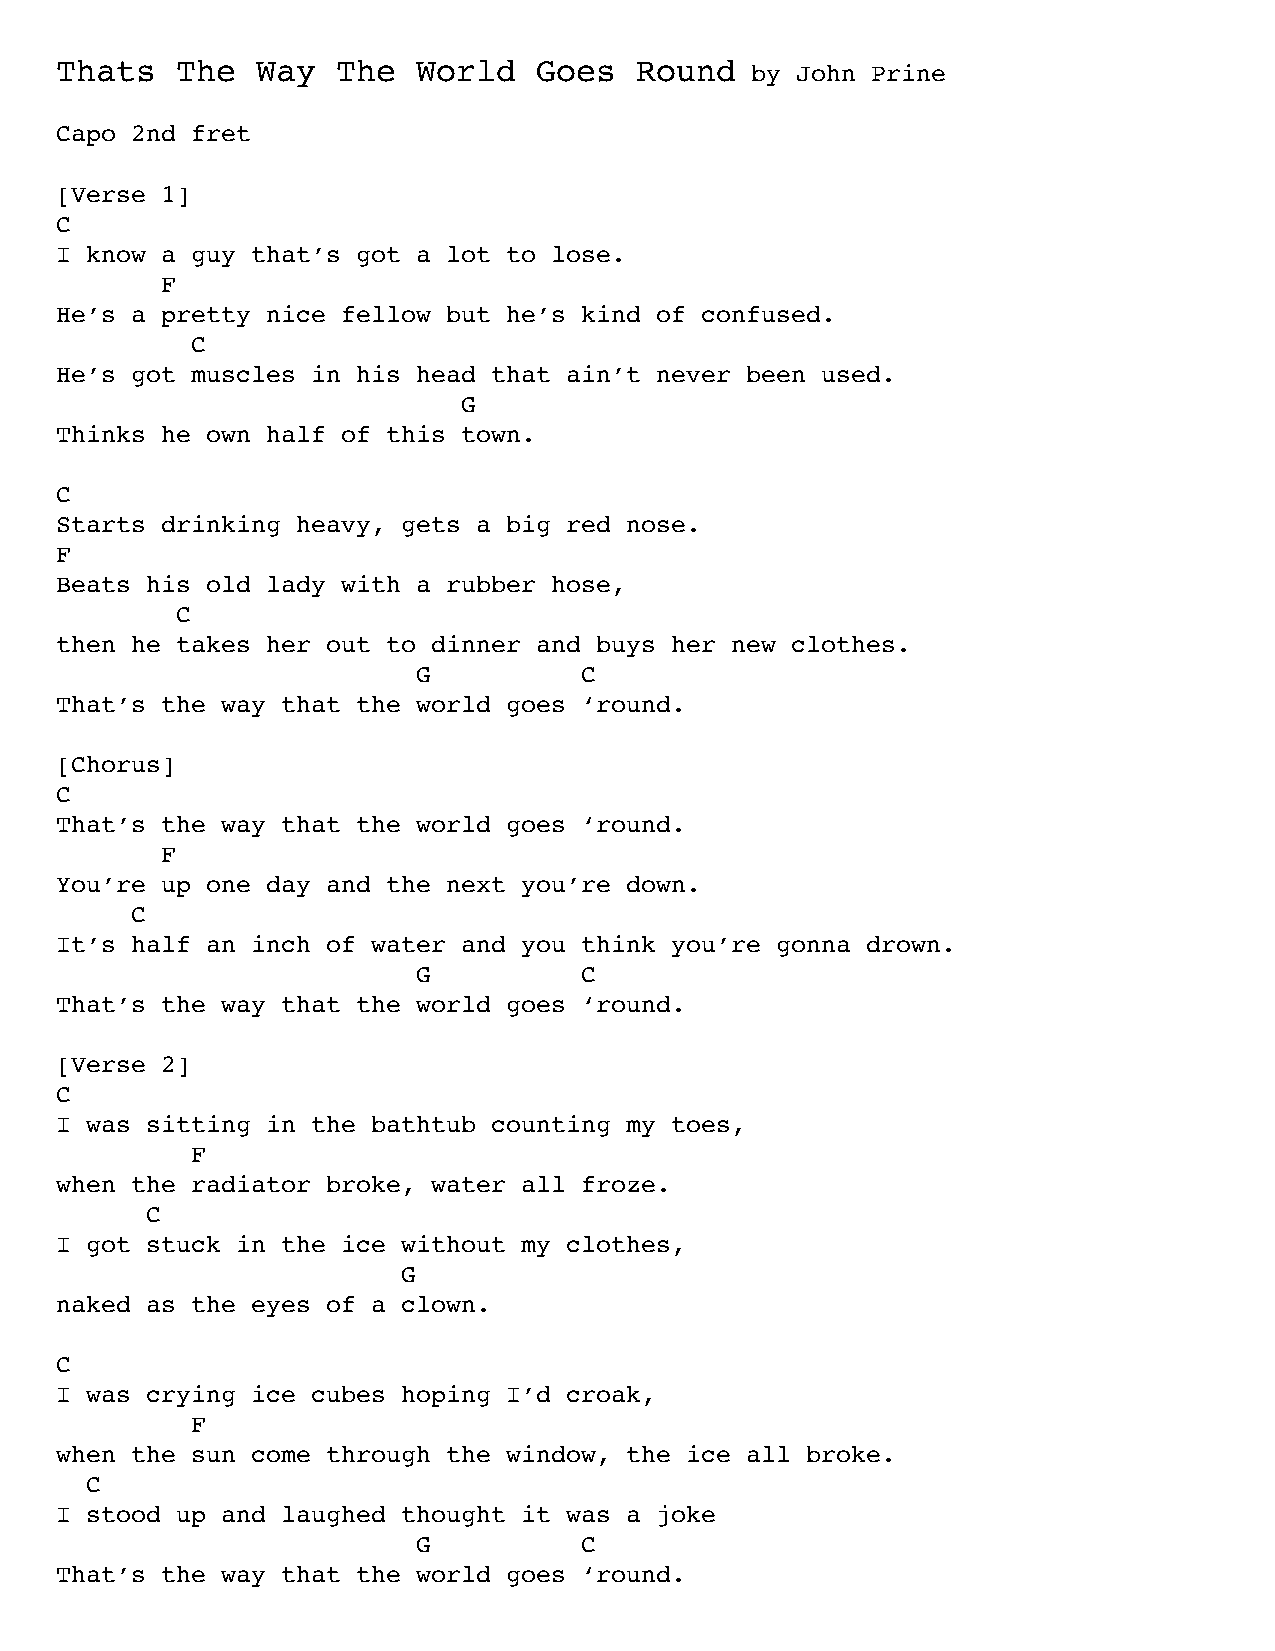
Thats   The  Way  The   World   Goes  Round   by John Prine
 Capo 2nd fret
 [Verse 1]
 C
 I know a guy that’s got a lot to lose.
 F
 He’s a pretty nice fellow but he’s kind of confused.
 C
 He’s got muscles in his head that ain’t never been used.
 G
 Thinks he own half of this town.
 C
 Starts drinking heavy, gets a big red nose.
 F
 Beats his old lady with a rubber hose,
 C
 then he takes her out to dinner and buys her new clothes.
 G         C
 That’s the way that the world goes ‘round.
 [Chorus]
 C
 That’s the way that the world goes ‘round.
 F
 You’re up one day and the next you’re down.
 C
 It’s half an inch of water and you think you’re gonna drown.
 G         C
 That’s the way that the world goes ‘round.
 [Verse 2]
 C
 I was sitting in the bathtub counting my toes,
 F
 when the radiator broke, water all froze.
 C
 I got stuck in the ice without my clothes,
 G
 naked as the eyes of a clown.
 C
 I was crying ice cubes hoping I’d croak,
 F
 when the sun come through the window, the ice all broke.
 C
 I stood up and laughed thought it was a joke
 G         C
 That’s the way that the world goes ‘round.